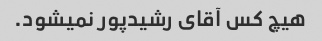
هیچ کس آقای رشیدپور نمیشود.